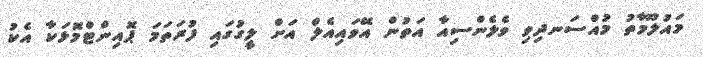
މައުލޫމާތު މުއްސަނދިވި ވެލެންސިއާ އަތުން އޭވައިއެލް އަށް ލީގުގައި ފުރަތަމަ ޕޮއިންޓްމޮޅަކާ އެކު